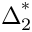
{ \boldsymbol { \Delta } } _ { 2 } ^ { * }